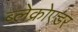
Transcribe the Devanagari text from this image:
ब्लेक्रोएडर